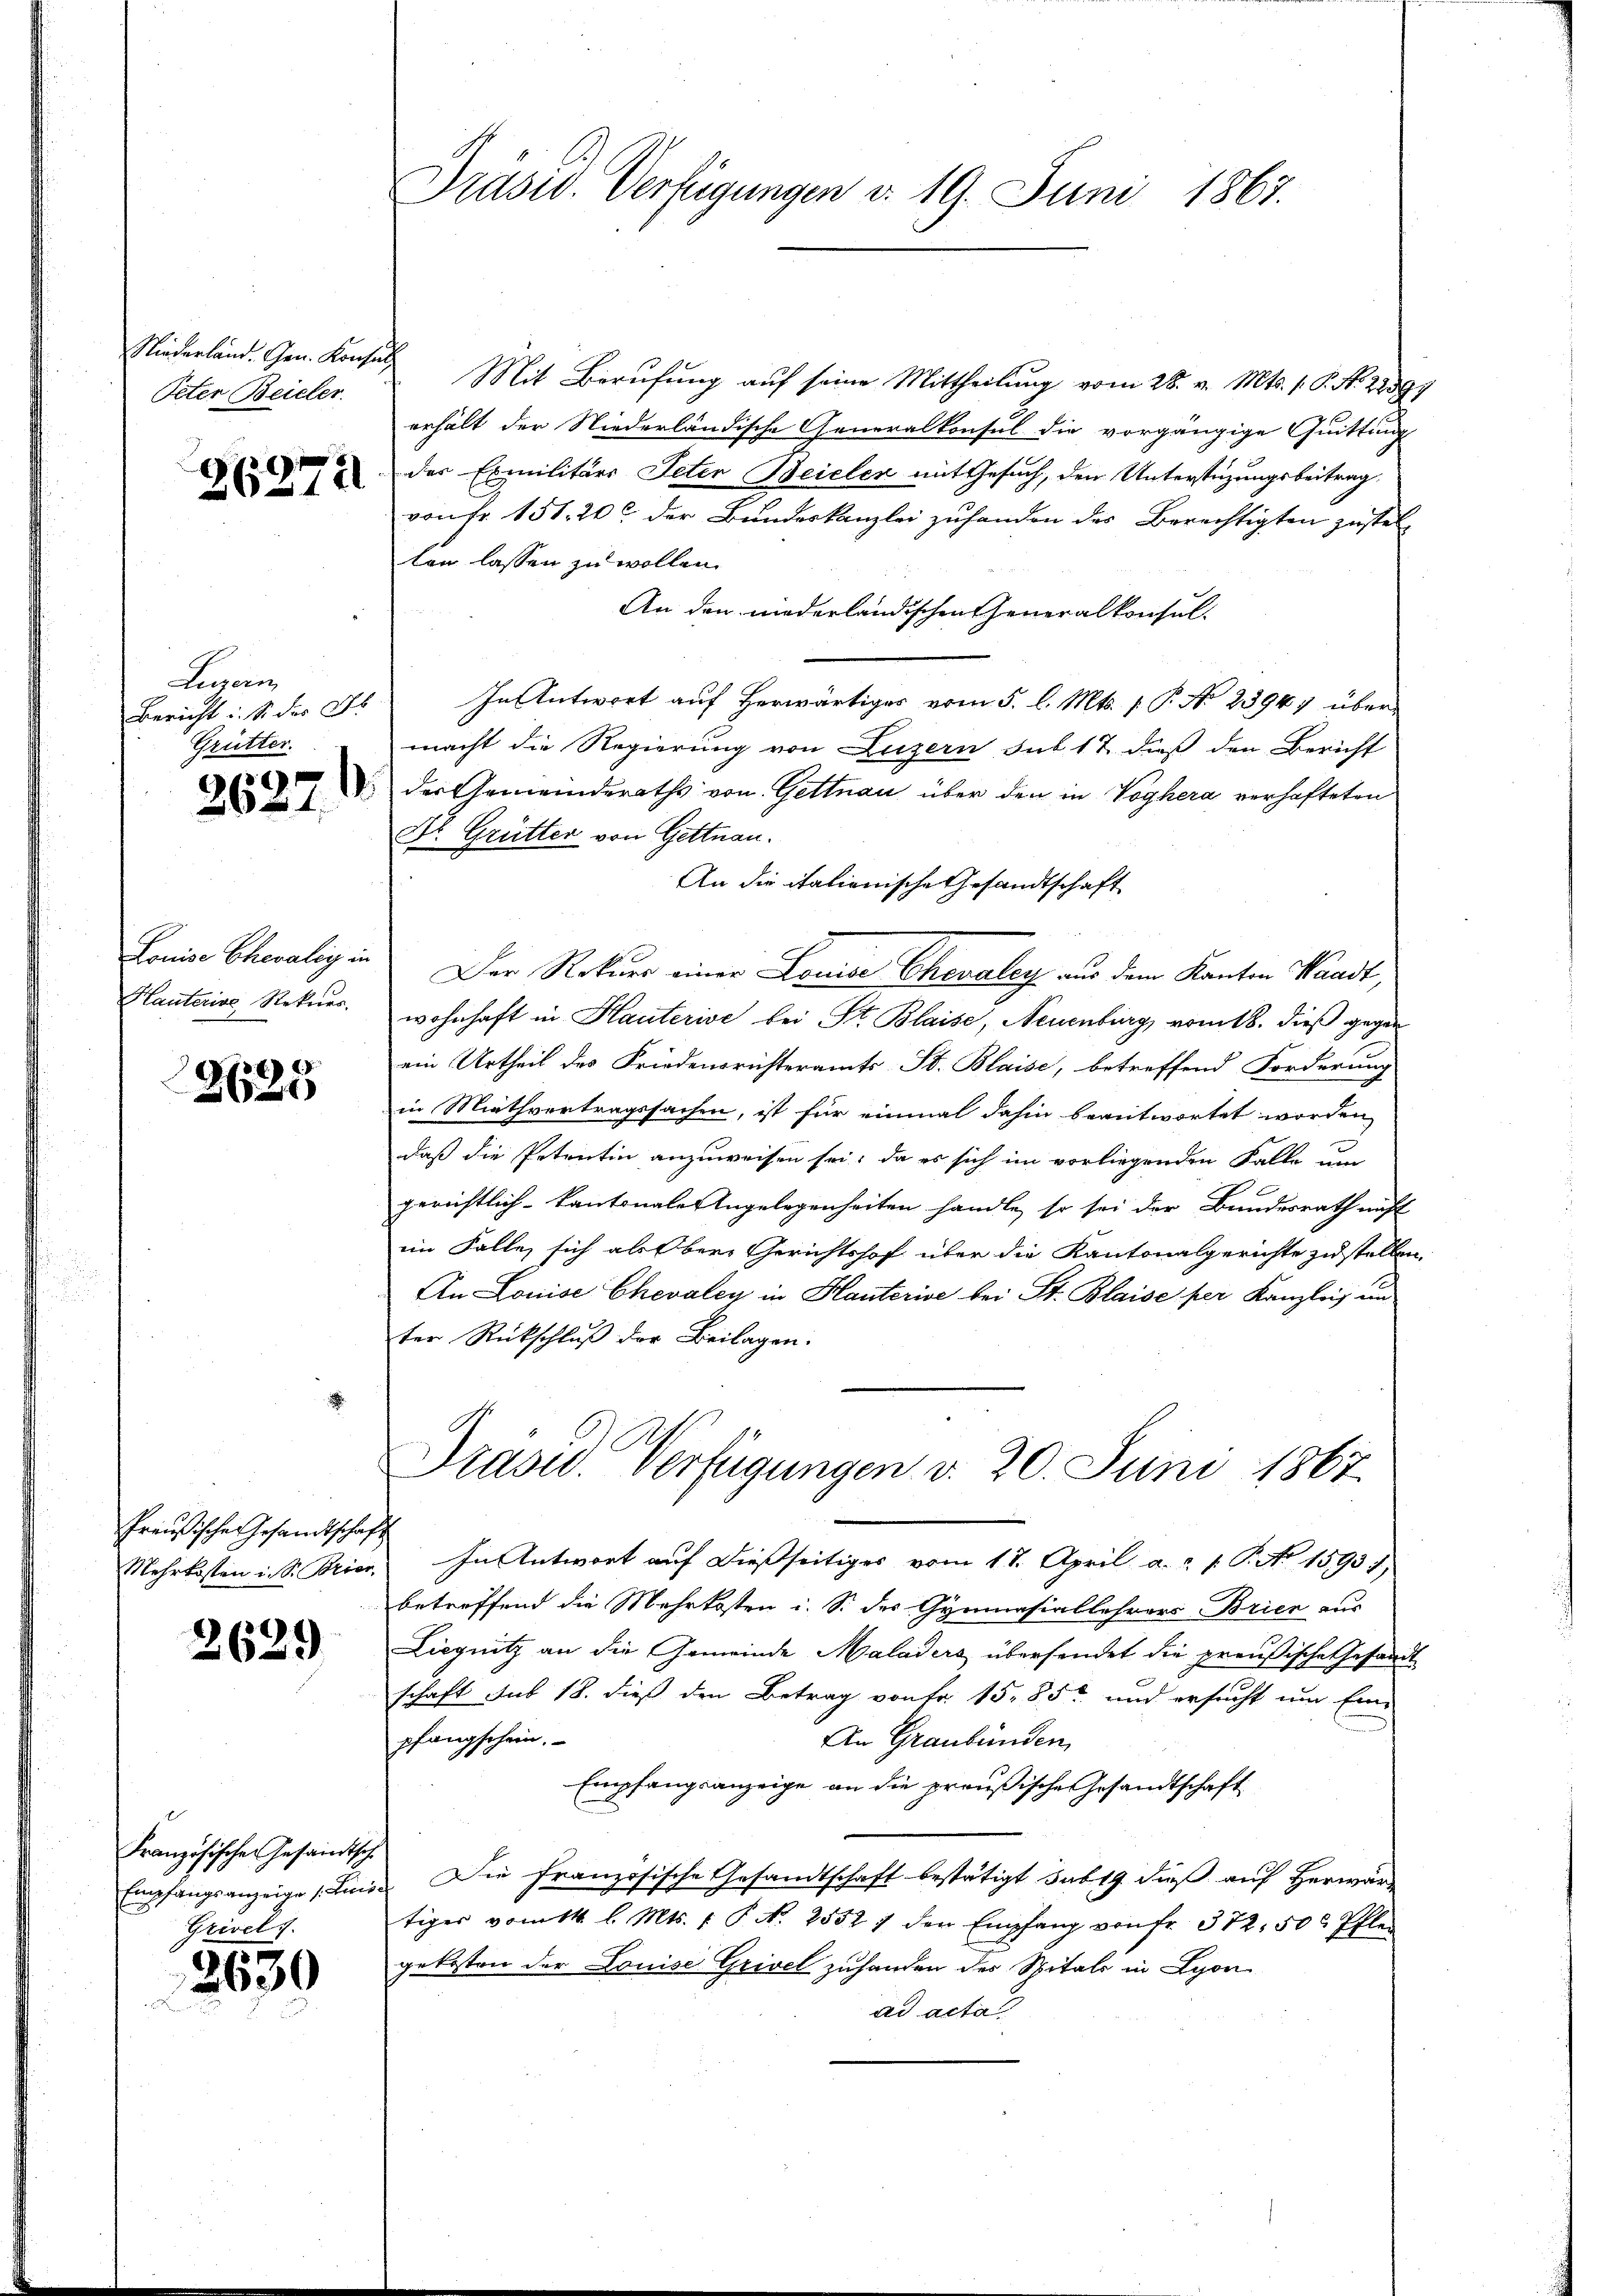
Peter Beieler.

26274

Lugan
Bericht : S. der 48
Grütter.

¬
2627.

Louise Ehemalig in
Hauterias Rekurs.

3625

Preußische Gesandtschaf
Mehrkosten i. S. Brier,

2629

Französischen Gesandtsch
Grivel

2639

Präsid. Verfügungen d. 19. Juni 1867.

Niederländ. Gen. Konses Mit Berufung auf seine Mittheilung vom 25. v. Mts. 1. 6. No 12391
erhält der Niederländische Generalkonsul die vorgängige Quittung
der Exmilitärs Peter Beieler mit Gesuch, den Unterstüzungsbeitrag
von Fr. 151, 20 der Bundeskanzlei zufanden der Berechtigten zustellen lassen zu wollen.
An den niederländischen Generalkonsul-
In Antwort auf herwärtiges vom 5. l. Mts. 1. P. No 23947 übermacht die Regierung von Luzern sub 17 dieß den Bericht
der Gemeinderaths von Gettnau über den in Voghera verhafteten
Dr. Grütter von Gettnau.
Der Rekurs einer Louise Chevaley aus dem Kanton Waadt,
wohnhaft in Hauterive bei St. Blaise, Neuenburg, vom 18. dieß gegen
ein Urtheil des Friedensrichteramts St. Blaise, betreffend Forderung
in Miethvertragssachen, ist für einmal dahin beantwortet worden,
daß die Petentin anzuweisen sei, da es sich im vorliegenden Falle um
gerichtlich-kantonale Angelegenheiten handle, so sei der Bundesrath nicht
im Falle, sich als Obere Gerichtshof über die Kantonalgerichte zu stellen.
An Louise Chevaley in Hauterise bei St. Blaise per Kanzlei unter Rückschluß der Beilagen.

An die itationische Gesandtschaft

Präsid. Verfügungen v. 20. Juni 1867.

c
" In Antwort auf dießseitiges vom 18. April a. p. P. No. 15931)
betreffend die Mehrkosten i. S. des Gymnasiallehrers Brien aus
Liegnitz an die Gemeinde Maladers übersendet die preußische Gesandt
schaft sub 18. dieß den Betrag von Fr. 1585 und ersucht um Ein-
An Graubünden,
pfangschein.
Empfangsanzeige an die preußische Gesandtschaft
Empfangsanzeige Linie. Die Französische Gesandtschaft bestätigt sub 19. dieß auf Herwär-
tiger vom 14. l. Mts. f. P. N. 25521 den Empfang von fr. 372. 50 Pfle
gekosten der Louise Grivel zuhanden des Spitals in Lyon
ad acta